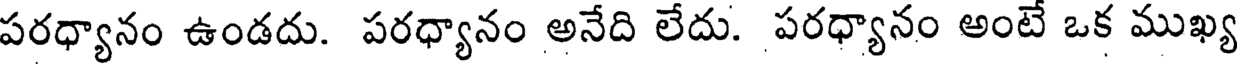
పరధ్యానం ఉండదు. పరధ్యానం అనేది లేదు. పరధ్యానం అంటే ఒక ముఖ్య